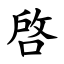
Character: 啓